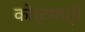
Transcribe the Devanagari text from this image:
कोर्टमध्ये